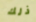
ذلك